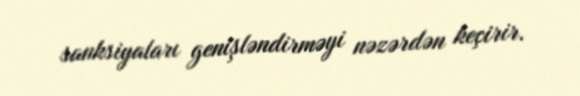
sanksiyaları genişləndirməyi nəzərdən keçirir.